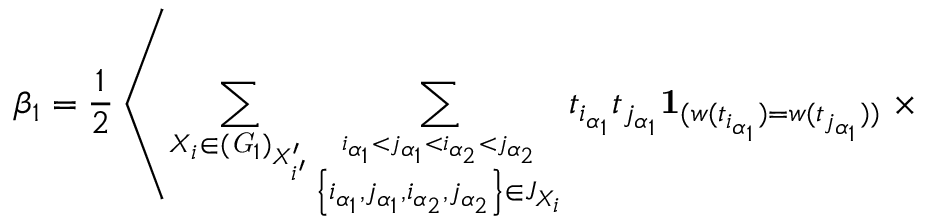
\beta _ { 1 } = \frac { 1 } { 2 } \left\langle \sum _ { X _ { i } \in ( { \it G } _ { 1 } ) _ { X _ { i ^ { \prime } } ^ { \prime } } } \sum _ { \stackrel { i _ { \alpha _ { 1 } } < j _ { \alpha _ { 1 } } < i _ { \alpha _ { 2 } } < j _ { \alpha _ { 2 } } } { \left\{ i _ { \alpha _ { 1 } } , j _ { \alpha _ { 1 } } , i _ { \alpha _ { 2 } } , j _ { \alpha _ { 2 } } \right\} \in J _ { X _ { i } } } } t _ { i _ { \alpha _ { 1 } } } t _ { j _ { \alpha _ { 1 } } } { \bf 1 } _ { ( w ( t _ { i _ { \alpha _ { 1 } } } ) = w ( t _ { j _ { \alpha _ { 1 } } } ) ) } \right. \times